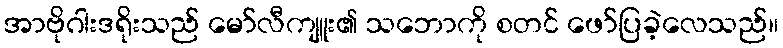
အာဗိုဂါးဒရိုးသည် မော်လီကျူး၏ သဘောကို စတင် ဖော်ပြခဲ့လေသည်။